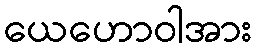
ယေဟောဝါအား